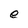
Character: e